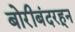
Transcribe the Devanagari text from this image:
बोरीबंदरहून